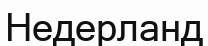
Недерланд